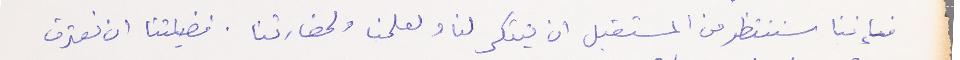
فإننا سننتظر من المستقبل ان يتنكر لنا ولعلمنا ولحضارتنا، فضيلتنا ان نعترف